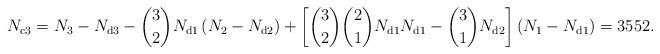
LaTeX: \begin{align*}N_{\mathrm{c}3}=N_{3}-N_{\mathrm{d}3}-\binom{3}{2}N_{\mathrm{d}1}\left(N_{2}-N_{\mathrm{d}2}\right)+\left[\binom{3}{2}\binom{2}{1}N_{\mathrm{d}1}N_{\mathrm{d}1}-\binom{3}{1}N_{\mathrm{d}2}\right]\left(N_{1}-N_{\mathrm{d}1}\right)=3552.\end{align*}